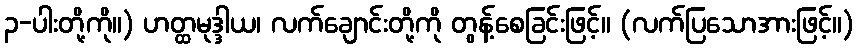
၃-ပါးတို့ကို။) ဟတ္ထမုဒ္ဒါယ၊ လက်ချောင်းတို့ကို တွန့်စေခြင်းဖြင့်။ (လက်ပြသောအားဖြင့်။)